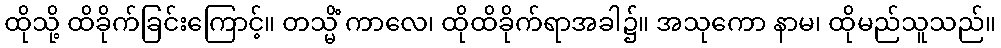
ထိုသို့ ထိခိုက်ခြင်းကြောင့်။ တသ္မိံ ကာလေ၊ ထိုထိခိုက်ရာအခါ၌။ အသုကော နာမ၊ ထိုမည်သူသည်။